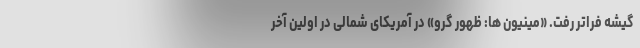
گیشه فراتر رفت. «مینیون ها: ظهور گرو» در آمریکای شمالی در اولین آخر